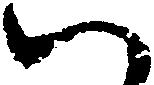
い